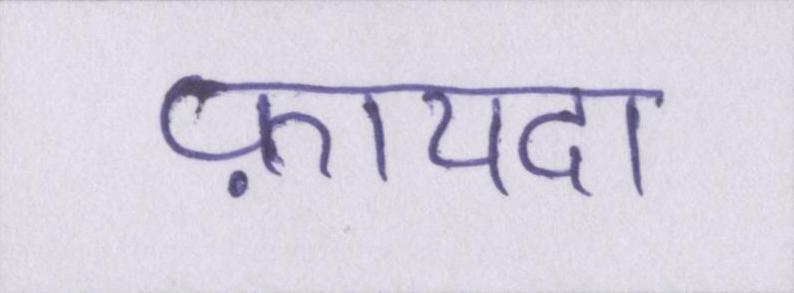
फ़ायदा